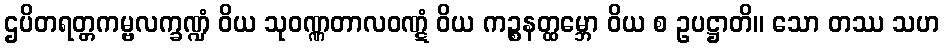
ဌပိတရတ္တကမ္ဗလက္ခဏ္ဍံ ဝိယ သုဝဏ္ဏတာလဝဏ္ဋံ ဝိယ ကဉ္စနတ္ထမ္ဘော ဝိယ စ ဥပဋ္ဌာတိ။ သော တဿ သဟ